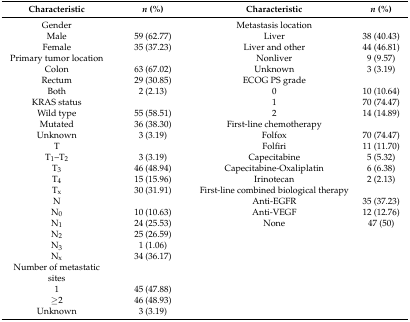
<table><thead><tr><td><b>Characteristic</b></td><td><b><i>n</i> (%)</b></td><td><b>Characteristic</b></td><td><b><i>n</i> (%)</b></td></tr></thead><tbody><tr><td>Gender</td><td></td><td>Metastasis location</td><td></td></tr><tr><td>Male</td><td>59 (62.77)</td><td>Liver</td><td>38 (40.43)</td></tr><tr><td>Female</td><td>35 (37.23)</td><td>Liver and other</td><td>44 (46.81)</td></tr><tr><td>Primary tumor location</td><td></td><td>Nonliver</td><td>9 (9.57)</td></tr><tr><td>Colon</td><td>63 (67.02)</td><td>Unknown</td><td>3 (3.19)</td></tr><tr><td>Rectum</td><td>29 (30.85)</td><td>ECOG PS grade</td><td></td></tr><tr><td>Both</td><td>2 (2.13)</td><td>0</td><td>10 (10.64)</td></tr><tr><td>KRAS status</td><td></td><td>1</td><td>70 (74.47)</td></tr><tr><td>Wild type</td><td>55 (58.51)</td><td>2</td><td>14 (14.89)</td></tr><tr><td>Mutated</td><td>36 (38.30)</td><td>First-line chemotherapy</td><td></td></tr><tr><td>Unknown</td><td>3 (3.19)</td><td>Folfox</td><td>70 (74.47)</td></tr><tr><td>T</td><td></td><td>Folfiri</td><td>11 (11.70)</td></tr><tr><td>T<sub>1</sub>–T<sub>2</sub></td><td>3 (3.19)</td><td>Capecitabine</td><td>5 (5.32)</td></tr><tr><td>T<sub>3</sub></td><td>46 (48.94)</td><td>Capecitabine-Oxaliplatin</td><td>6 (6.38)</td></tr><tr><td>T<sub>4</sub></td><td>15 (15.96)</td><td>Irinotecan</td><td>2 (2.13)</td></tr><tr><td>T<sub>x</sub></td><td>30 (31.91)</td><td>First-line combined biological therapy</td><td></td></tr><tr><td>N</td><td></td><td>Anti-EGFR</td><td>35 (37.23)</td></tr><tr><td>N<sub>0</sub></td><td>10 (10.63)</td><td>Anti-VEGF</td><td>12 (12.76)</td></tr><tr><td>N<sub>1</sub></td><td>24 (25.53)</td><td>None</td><td>47 (50)</td></tr><tr><td>N<sub>2</sub></td><td>25 (26.59)</td><td></td><td></td></tr><tr><td>N<sub>3</sub></td><td>1 (1.06)</td><td></td><td></td></tr><tr><td>N<sub>x</sub></td><td>34 (36.17)</td><td></td><td></td></tr><tr><td>Number of metastatic sites</td><td></td><td></td><td></td></tr><tr><td>1</td><td>45 (47.88)</td><td></td><td></td></tr><tr><td>≥2</td><td>46 (48.93)</td><td></td><td></td></tr><tr><td>Unknown</td><td>3 (3.19)</td><td></td><td></td></tr></tbody></table>